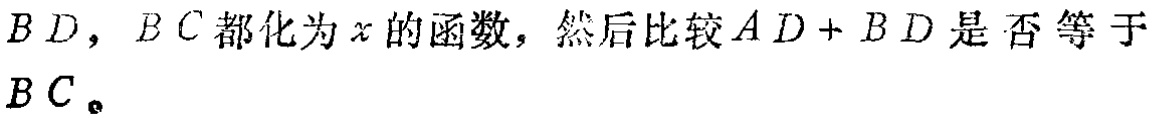
$BD，BC都化为x的函数，然后比较AD + BD是否等于\\BC。$